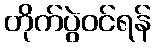
တိုက်ပွဲဝင်ရန်